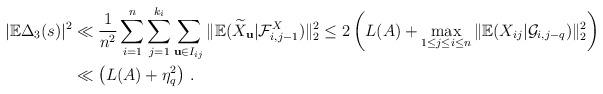
LaTeX: \begin{align*}|\mathbb{E}\Delta_{3}(s)|^{2} & \ll\frac{1}{n^{2}}\sum_{i=1}^{n}\sum_{j=1}^{k_{i}}\sum_{\mathbf{u}\in I_{ij}}\Vert{\mathbb{E}}({\widetilde{X}}_{\mathbf{u}}|\mathcal{F}_{i,j-1}^{X})\Vert_{2}^{2}\leq2\left(L(A)+\max_{1\leq j\leq i\leq n}\Vert{\mathbb{E}}({X}_{ij}|\mathcal{G}_{i,j-q})\Vert_{2}^{2}\right) \\& \ll\left( L(A)+\eta_{q}^{2}\right) \,.\end{align*}